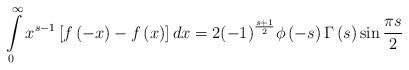
LaTeX: \begin{align*}\int\limits_0^\infty {{x^{s - 1}}} \left[ {f\left( { - x} \right) - f\left( x \right)} \right]dx = 2{\left( { - 1} \right)^{\frac{{s + 1}}{2}}}\phi \left( { - s} \right)\Gamma \left( s \right)\sin \frac{{\pi s}}{2} \end{align*}